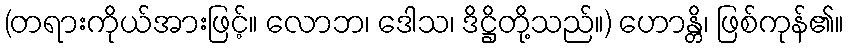
(တရားကိုယ်အားဖြင့်။ လောဘ၊ ဒေါသ၊ ဒိဋ္ဌိတို့သည်။) ဟောန္တိ၊ ဖြစ်ကုန်၏။